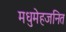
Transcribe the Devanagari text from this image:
मधुमेहजनित